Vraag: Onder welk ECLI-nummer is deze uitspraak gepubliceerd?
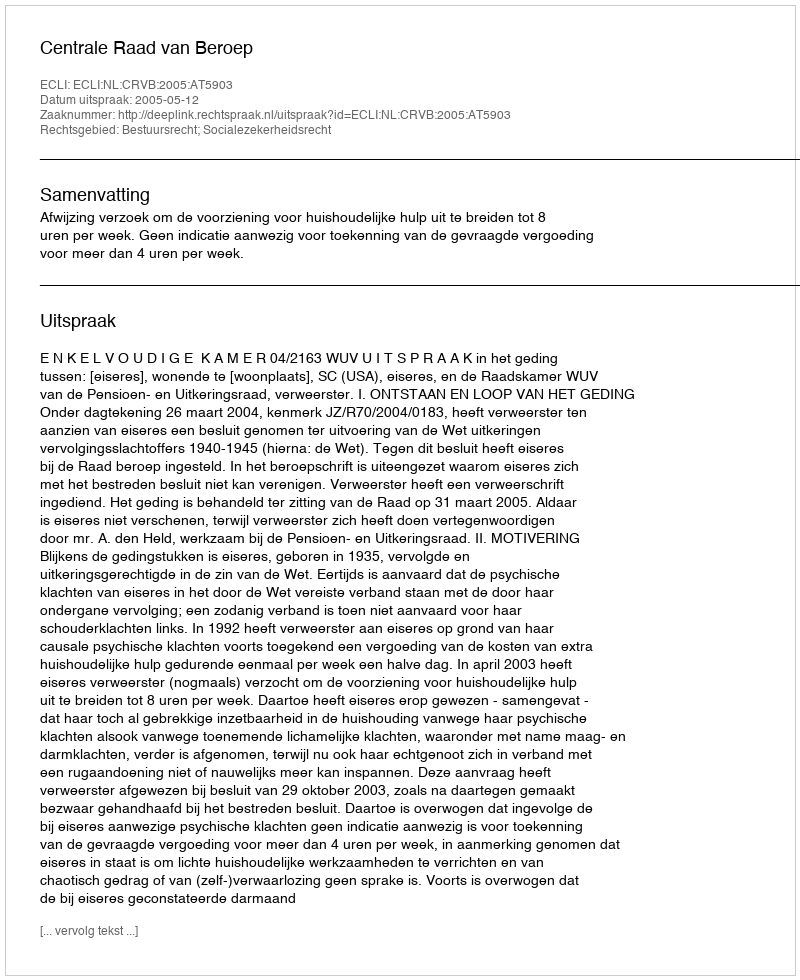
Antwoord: ECLI:NL:CRVB:2005:AT5903